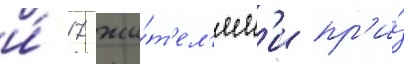
и́ 17 жи́т'ел'ям'и пр'и́